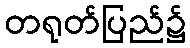
တရုတ်ပြည်၌